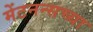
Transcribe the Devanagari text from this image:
मेंटनन्सच्या